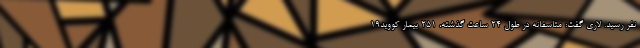
نفر رسید. لاری گفت: متاسفانه در طول ۲۴ ساعت گذشته، ۲۵۱ بیمار کووید۱۹